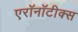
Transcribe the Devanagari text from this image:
एरॉनॉटीक्स